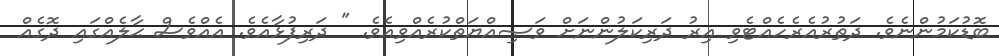
ބޮޑުކަމުންނެވެ. ދަތުރުއެރެހެއްޓެވި އިރު ދަރިކަލުންނަށް ވަޞިއްޔަތްކުރެއްވިއެވެ. " ދަރިފުޅާއެވެ. އެއްވެސް ޙާލެއްގައި ދޮގެއް